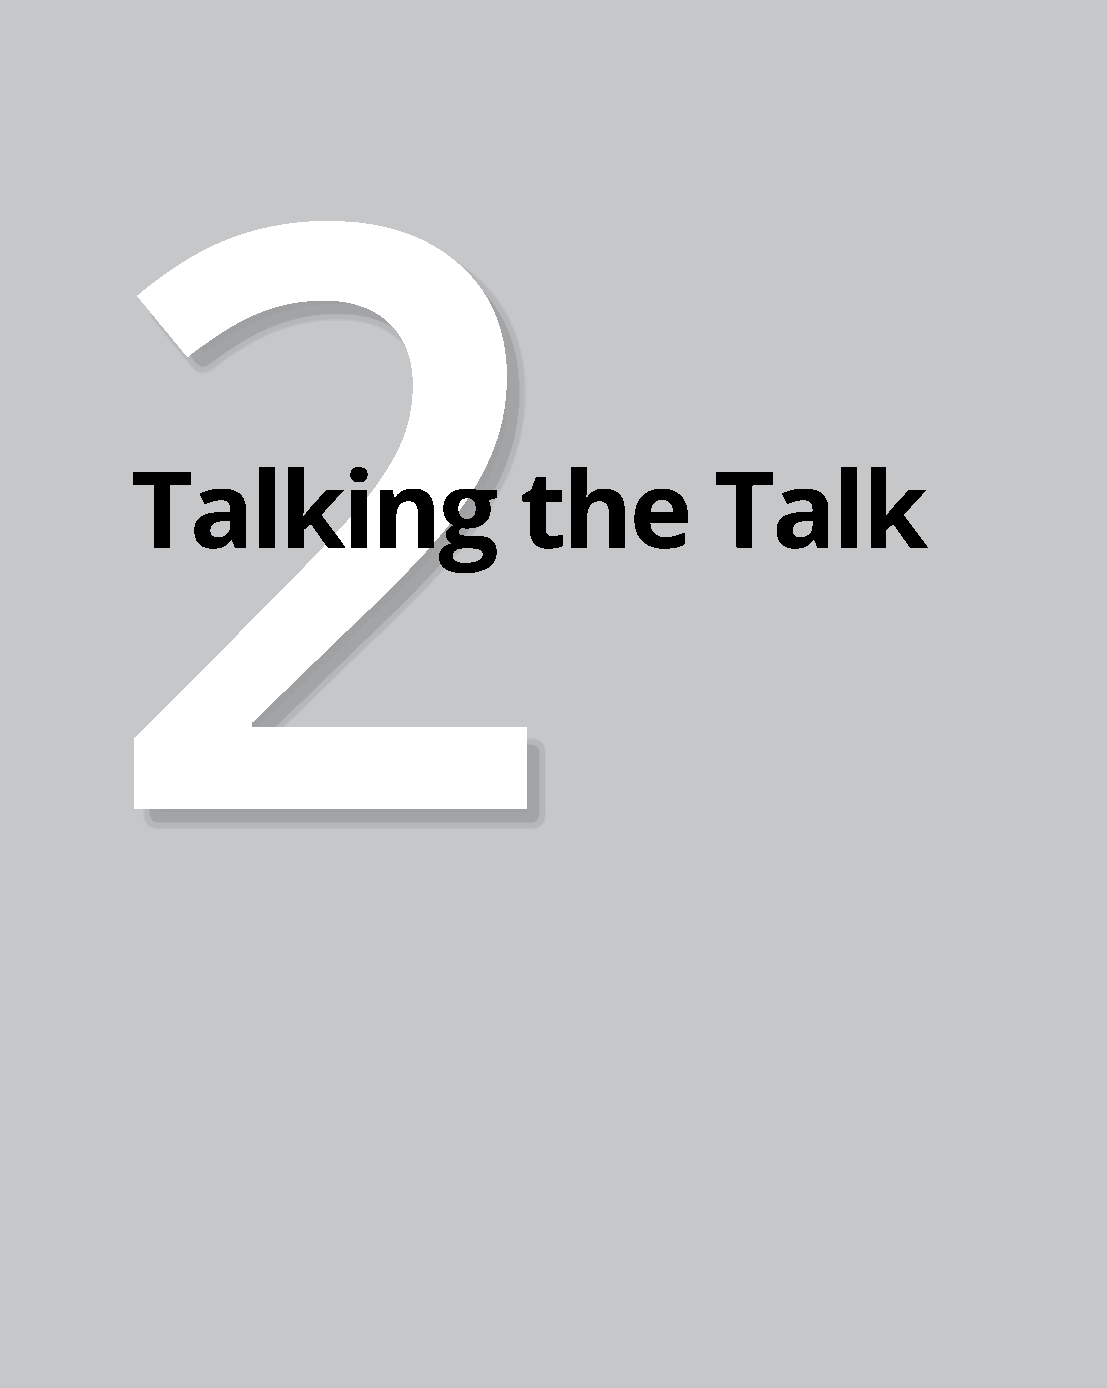
2
 Talking                  the          Talk